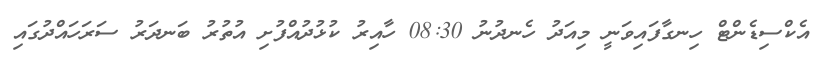
އެކްސިޑެންޓް ހިނގާފައިވަނީ މިއަދު ހެނދުނު 08:30 ހާއިރު ކުޅުދުއްފުށި އުތުރު ބަނދަރު ސަރަހައްދުގައި